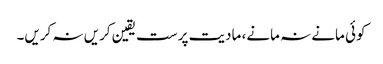
کوئی مانے نہ مانے، مادیت پرست یقین کریں نہ کریں۔